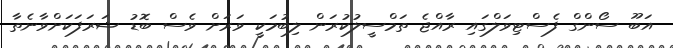
އަބޫ ސޯންގް ފެސްޓިވަލްގައި ރާއްޖެ ތަމްސީލުކުރަން ލިބުމަކީ ވަރަށް ވެސް ބޮޑު ޝަރަފަކަށްވާނެތާ